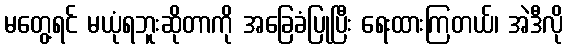
မတွေ့ရင် မယုံရဘူးဆိုတာကို အခြေခံပြုပြီး ရေးထားကြတယ်၊ အဲဒီလို